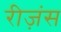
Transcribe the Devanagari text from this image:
रीज़ंस